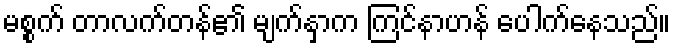
မစ္စက် တာလက်တန်၏ မျက်နှာက ကြင်နာဟန် ပေါက်နေသည်။